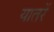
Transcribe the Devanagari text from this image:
यातरें